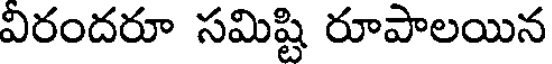
విరందరూ సమిష్టి రూపాలయిన